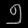
Digit: ၅